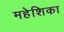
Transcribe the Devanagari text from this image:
महेशिका